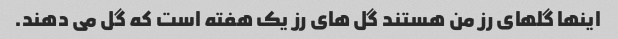
اینها گلهای رز من هستند گل های رز یک هفته است که گل می دهند.